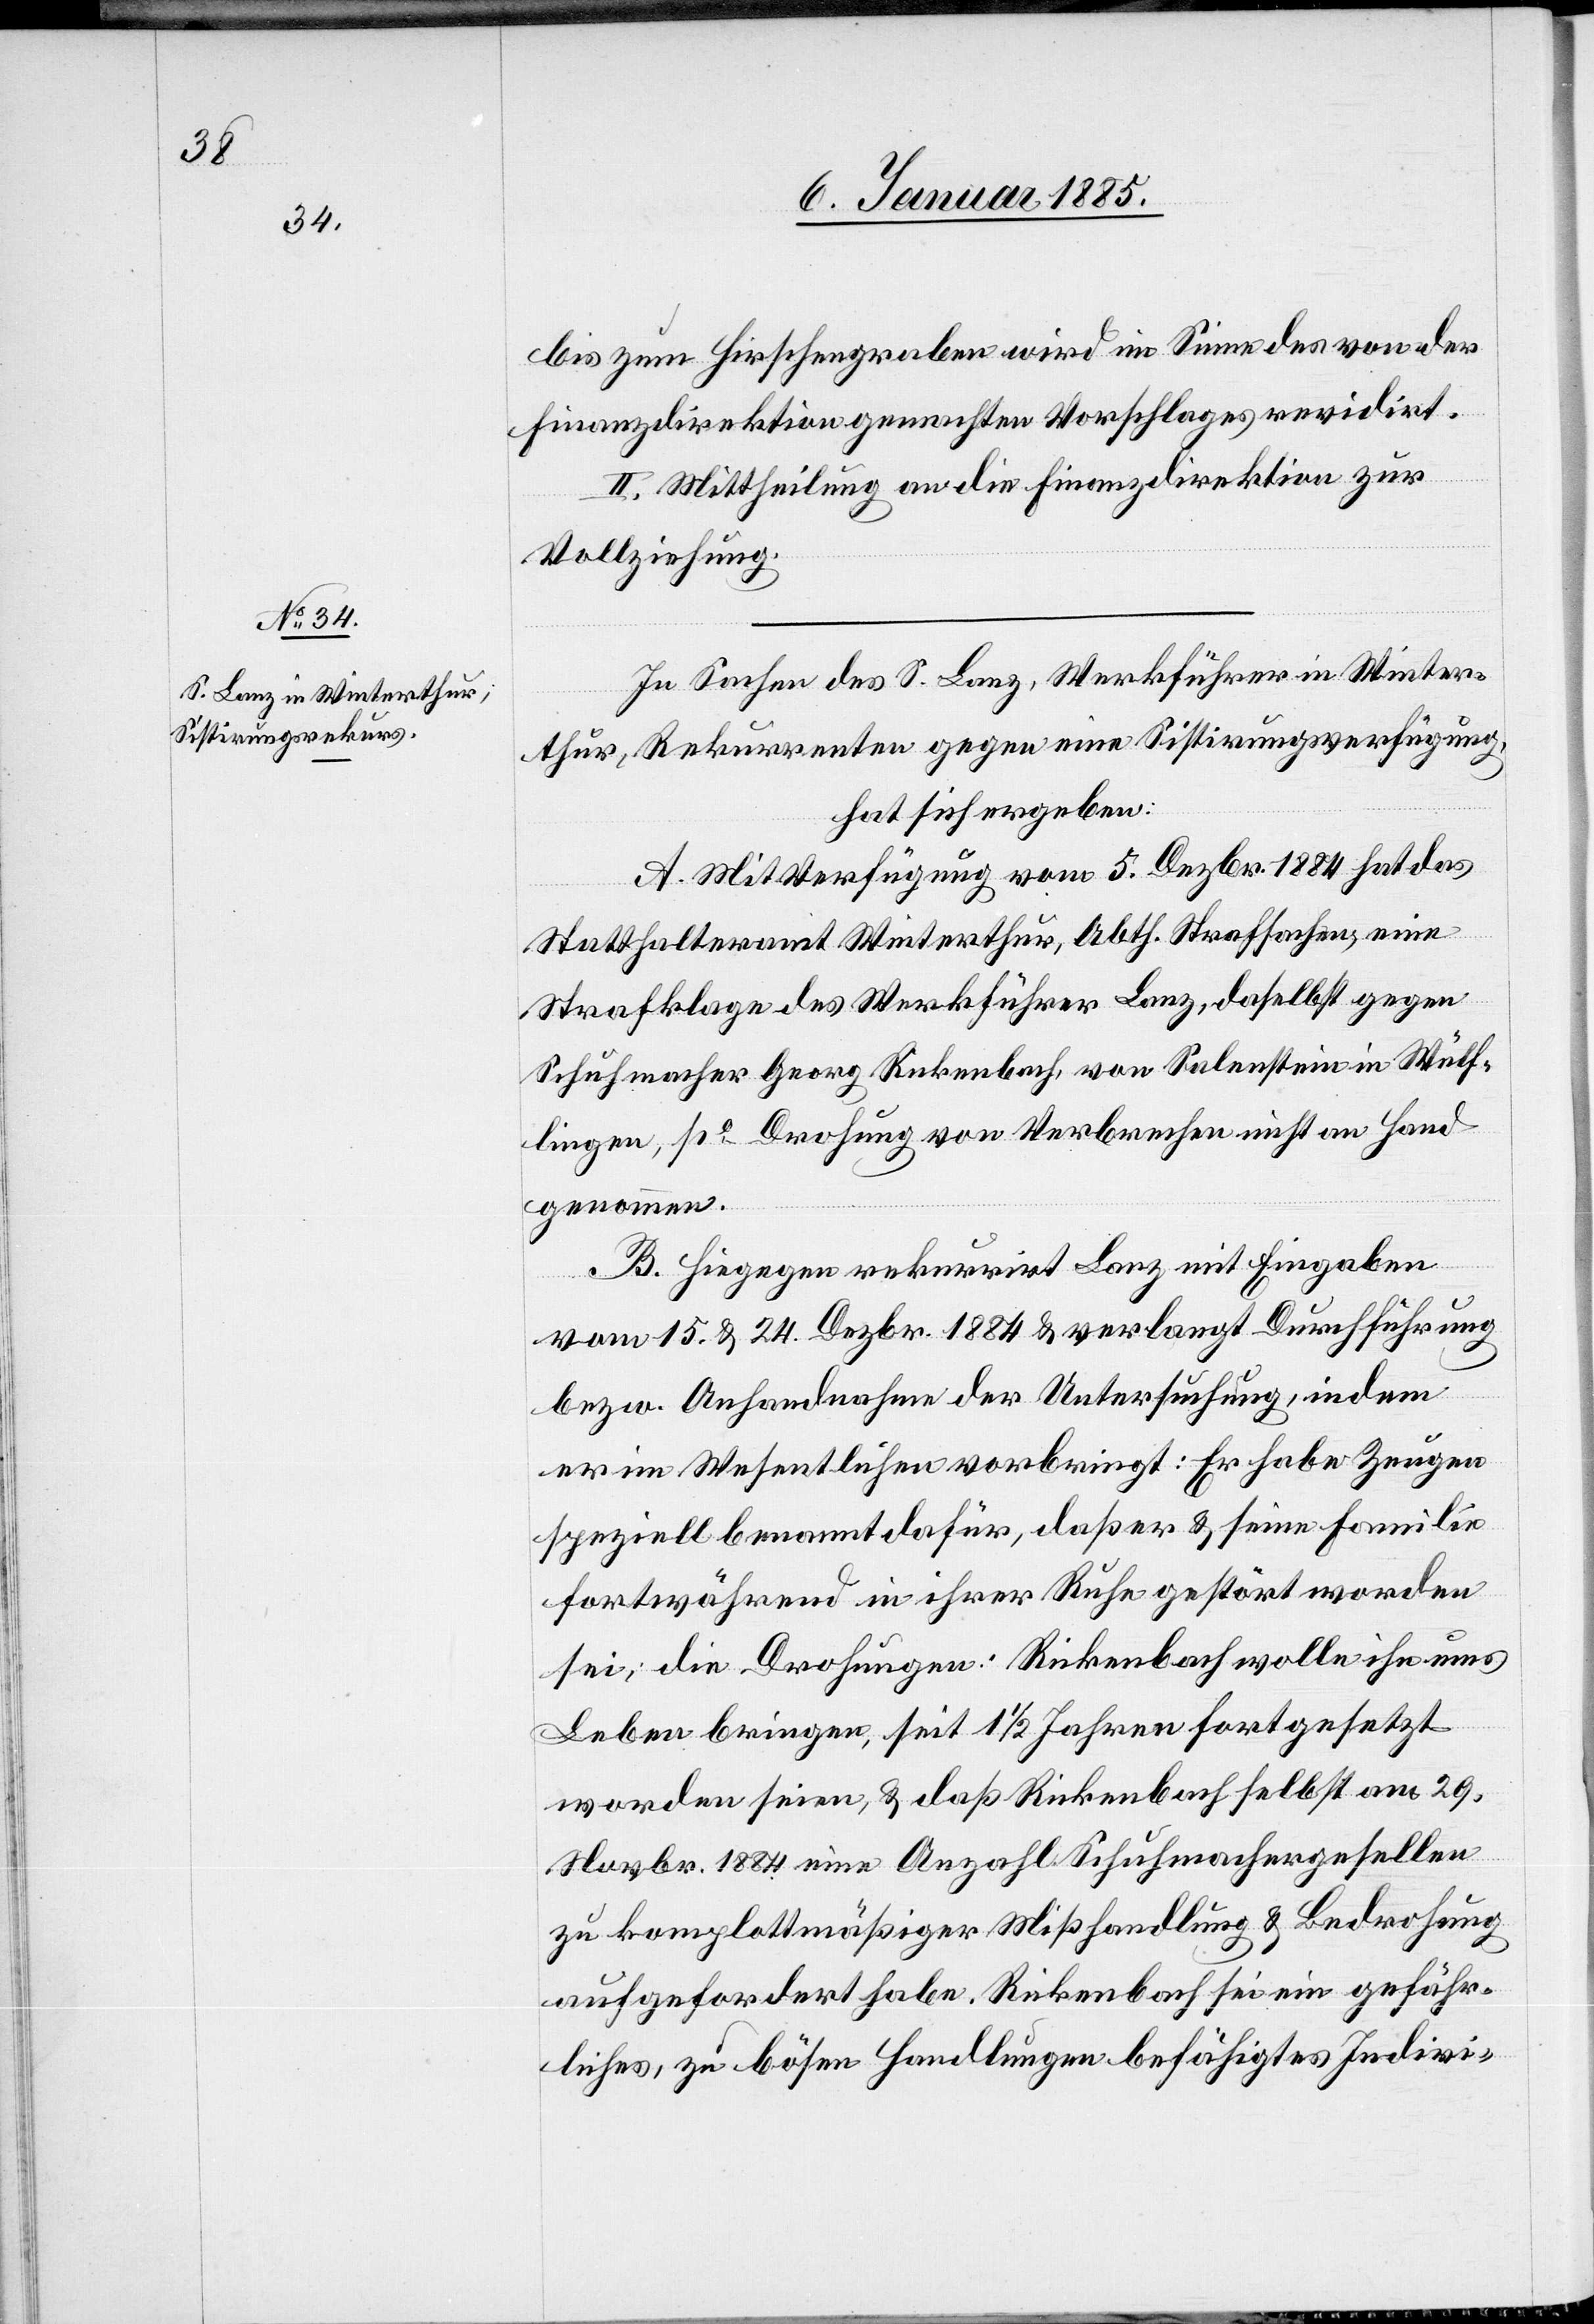
In Sachen des S. Lanz, Werkführer in Winter¬
thur, Rekurrenten gegen eine Sistirungsverfügung,
hat sich ergeben:
A. Mit Verfügung vom 5. Dezbr. 1884 hat das
Statthalteramt Winterthur, Abth. Strafsachen, eine
Strafklage des Werkführer Lanz, daselbst gegen
Schuhmacher Georg Rickenbach, von Salenstein in Wülf¬
lingen, po Drohung von Verbrechen nicht an Hand
genommen.
B. Hiegegen rekurrirt Lanz mit Eingaben
vom 15. & 24. Dezbr. 1884 & verlangt Durchführung
bezw. Anhandnahme der Untersuchung, indem
er im Wesentlichen vorbringt: Er habe Zeugen
speziell genannt dafür, daß er & seine Familie
fortwährend in ihrer Ruhe gestört worden
sei; die Drohungen, Rickenbach wolle ihn ums
Leben bringen, seit 1 1/2 Jahren fortgesetzt
worden seien, & daß Rickenbach selbst am 29.
Novbr. 1884 eine Anzahl Schuhmachergesellen
zu komplottmäßiger Mißhandlung & Bedrohung
aufgefordert habe. Rickenbach sei ein gefähr¬
liches, zu bösen Handlungen befähigtes Indivi-